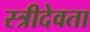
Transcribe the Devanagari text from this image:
स्त्रीदेवता